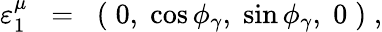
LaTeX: \varepsilon_{1}^{\mu}\; \; =\; \; (\; 0,\; \cos\phi_{\gamma},\; \sin\phi_{\gamma},\; 0\; )\; ,